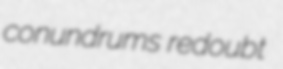
conundrums redoubt